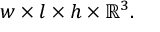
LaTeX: w \times l \times h \times \mathbb { R } ^ { 3 } .